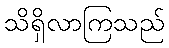
သိရှိလာကြသည်